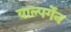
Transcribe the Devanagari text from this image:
वाल्पर्गेन